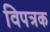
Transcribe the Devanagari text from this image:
विपत्रक